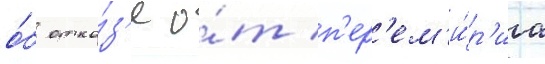
о́б отка́з'е о́т п'ер'ем'и́р'иа